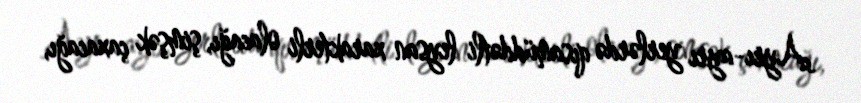
Ayrı-ayrı yerlərdə qısamüddətli leysan xarakterli olacağı, şimşək çaxacağı,